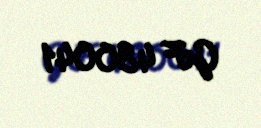
GF 480041